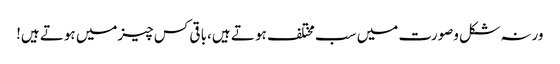
ورنہ شکل وصورت میں سب مختلف ہو تے ہیں،با قی کس چیزمیں ہوتے ہیں!